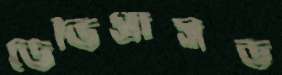
ডেভিপ্রাসড